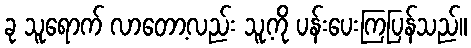
ခု သူရောက် လာတော့လည်း သူ့ကို ပန်းပေးကြပြန်သည်။